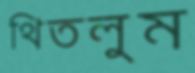
থিতলুম